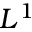
L ^ { 1 }